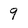
Character: 9